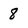
Character: 8